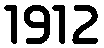
1912